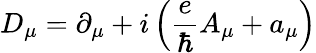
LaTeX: D_{\mu}=\partial_{\mu}+i\left(\frac{e}{\hbar}A_{\mu}+a_{\mu}\right)